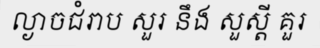
ល្ងាចជំរាប សួរ នឹង សួស្តី គួរ